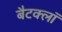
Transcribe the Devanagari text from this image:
बैटक्लॉ